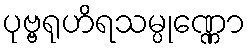
ပုဗ္ဗရုဟိရသမ္ပုဏ္ဏော